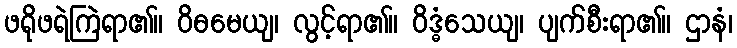
ဖရိုဖရဲကြဲရာ၏။ ဝိဓမေယျ၊ လွင့်ရာ၏။ ဝိဒ္ဓံသေယျ၊ ပျက်စီးရာ၏။ ဌာနံ၊